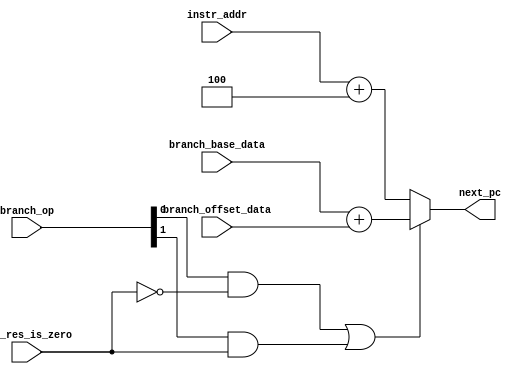
`timescale 1ns/1ps

// # Branch-to-take Selection Table
// ___________________________________________________________
// |           |                                             |
// | Branch OP | Description                                 |
// |-----------|---------------------------------------------|
// |     2'b00 | Current instruction address plus 4 (PC + 4) |
// |     2'b01 | Take branch when ALU reports non-zero       |
// |     2'b10 | Take branch when ALU reports zero           |
// |     2'b11 | Always take branch (jump instructions)      |
// |___________|_____________________________________________|
module BranchUnit(
  input [1:0] branch_op,
  input [31:0] branch_base_data,
  input [31:0] branch_offset_data,
  input [31:0] instr_addr,
  input alu_res_is_zero,

  output [31:0] next_pc
);

  wire take_branch = (branch_op[0] & ~alu_res_is_zero) | (branch_op[1] & alu_res_is_zero);

  assign next_pc = take_branch ? branch_base_data + branch_offset_data : instr_addr + 4;

endmodule